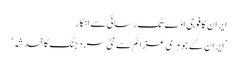
ایران کا فوجی اڈے تک رسائی سے انکار
’ایران کے جوہری عزائم سے نئی سرد جنگ کا خدشہ‘